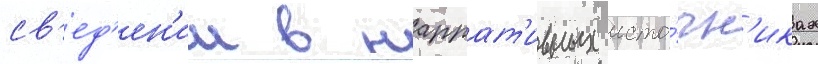
св'ед'ен'ии в наррат'ивных исто́чн'иках